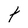
Character: t